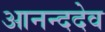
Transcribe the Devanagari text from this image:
आनन्ददेव